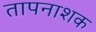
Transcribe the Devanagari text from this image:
तापनाशक